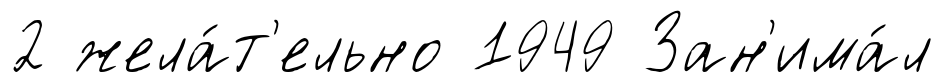
2 жела́т'ельно 1949 Зан'има́л